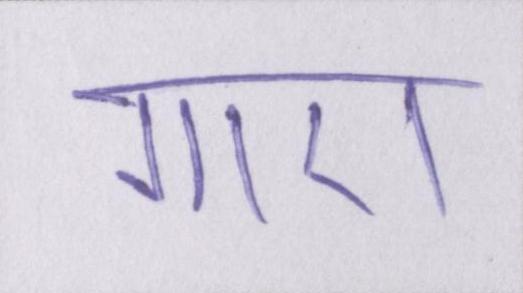
गाए